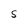
Character: S